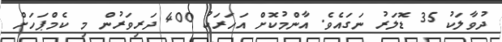
ދުވާލަކު 35 ޑޮލަރު ނަގައެވެ. އާންމުކޮށް އަހަރަކު 400 ދަރިވަރުން މި ކެމްޕަހަށް